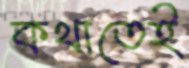
কথাতেই